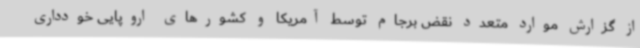
از گزارش موارد متعدد نقض برجام توسط آمریکا و کشورهای اروپایی خودداری